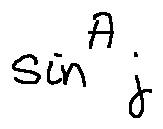
\sin ^ { A } j